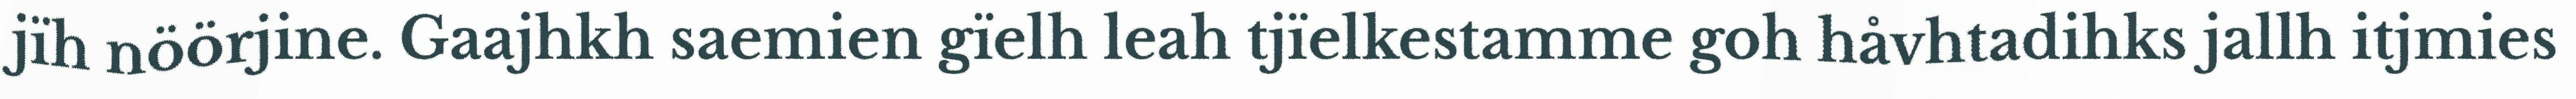
jïh nöörjine. Gaajhkh saemien gïelh leah tjïelkestamme goh håvhtadihks jallh itjmies